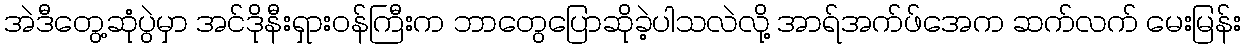
အဲဒီတွေ့ဆုံပွဲမှာ အင်ဒိုနီးရှားဝန်ကြီးက ဘာတွေပြောဆိုခဲ့ပါသလဲလို့ အာရ်အက်ဖ်အေက ဆက်လက် မေးမြန်း